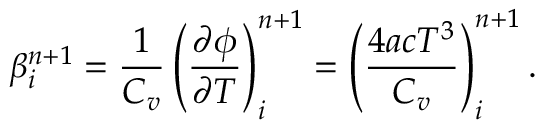
\beta _ { i } ^ { n + 1 } = \frac { 1 } { C _ { v } } \left( \frac { \partial \phi } { \partial T } \right) _ { i } ^ { n + 1 } = \left( \frac { 4 a c T ^ { 3 } } { C _ { v } } \right) _ { i } ^ { n + 1 } .